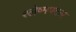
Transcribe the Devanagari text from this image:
श्लेष्मपटल